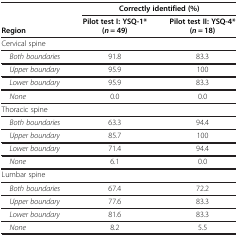
<table><thead><tr><td rowspan="2"><b>Region</b></td><td colspan="2"><b>Correctly identified (%)</b></td></tr><tr><td><b>Pilot test I: YSQ-1* (<i>n</i> = 49)</b></td><td><b>Pilot test II: YSQ-4* (<i>n</i> = 18)</b></td></tr></thead><tbody><tr><td>Cervical spine</td><td> </td><td> </td></tr><tr><td> <i>Both boundaries</i></td><td>91.8</td><td>83.3</td></tr><tr><td> <i>Upper boundary</i></td><td>95.9</td><td>100</td></tr><tr><td> <i>Lower boundary</i></td><td>95.9</td><td>83.3</td></tr><tr><td> <i>None</i></td><td>0.0</td><td>0.0</td></tr><tr><td>Thoracic spine</td><td> </td><td> </td></tr><tr><td> <i>Both boundaries</i></td><td>63.3</td><td>94.4</td></tr><tr><td> <i>Upper boundary</i></td><td>85.7</td><td>100</td></tr><tr><td> <i>Lower boundary</i></td><td>71.4</td><td>94.4</td></tr><tr><td> <i>None</i></td><td>6.1</td><td>0.0</td></tr><tr><td>Lumbar spine</td><td> </td><td> </td></tr><tr><td> <i>Both boundaries</i></td><td>67.4</td><td>72.2</td></tr><tr><td> <i>Upper boundary</i></td><td>77.6</td><td>83.3</td></tr><tr><td> <i>Lower boundary</i></td><td>81.6</td><td>83.3</td></tr><tr><td> <i>None</i></td><td>8.2</td><td>5.5</td></tr></tbody></table>